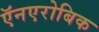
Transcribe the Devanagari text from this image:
ऍनएरोबिक